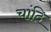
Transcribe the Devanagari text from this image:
चांदि